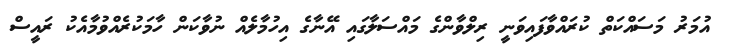
އުމަރު މަސައްކަތް ކުރައްވާފައިވަނީ ރިލްވާންގެ މައްސަލާގައި އޭނާގެ އިހުމާލެއް ނުވާކަން ހާމަކުރެއްވުމާއެކު ރައީސް